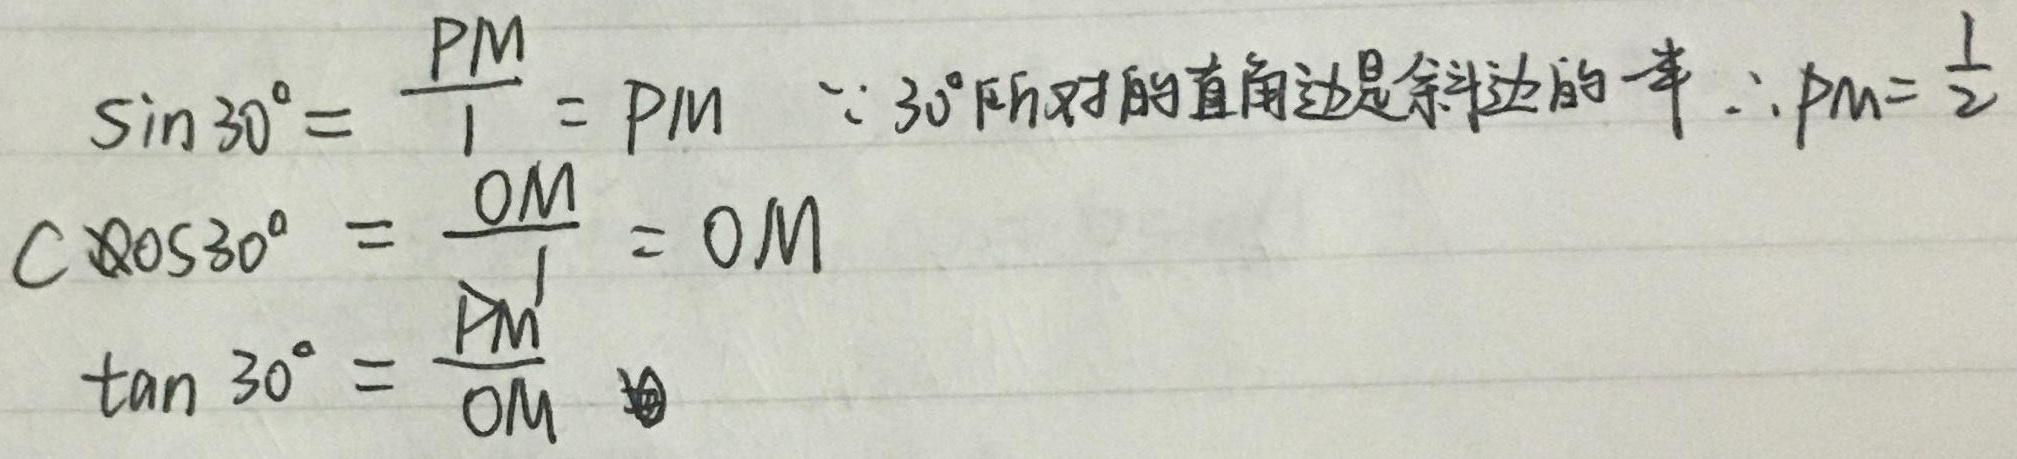
\[
\begin{align*}
\sin 30^{\circ}&=\frac{PM}{1}=PM  \quad\because 30^{\circ}\text{所对的直角边是斜边的一半} \quad\therefore PM = \frac{1}{2}\\
\cos 30^{\circ}&=\frac{OM}{1}=OM\\
\tan 30^{\circ}&=\frac{PM}{OM}
\end{align*}
\]